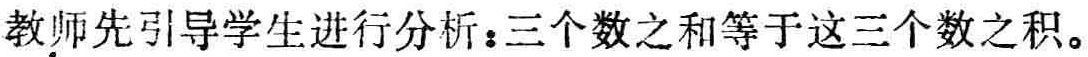
教师先引导学生进行分析：三个数之和等于这三个数之积。